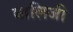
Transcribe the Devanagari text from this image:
बालिजी